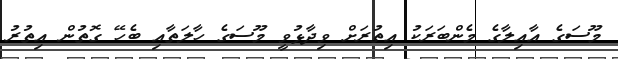
މޫސަގެ އާއިލާގެ މެންބަރަކު އިތުރަށް ވިދާޅުވީ މޫސަގެ ހާލަތާއި ބެހޭ ގޮތުން އިތުރު